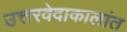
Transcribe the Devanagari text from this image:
उत्तरवेदाकालांत